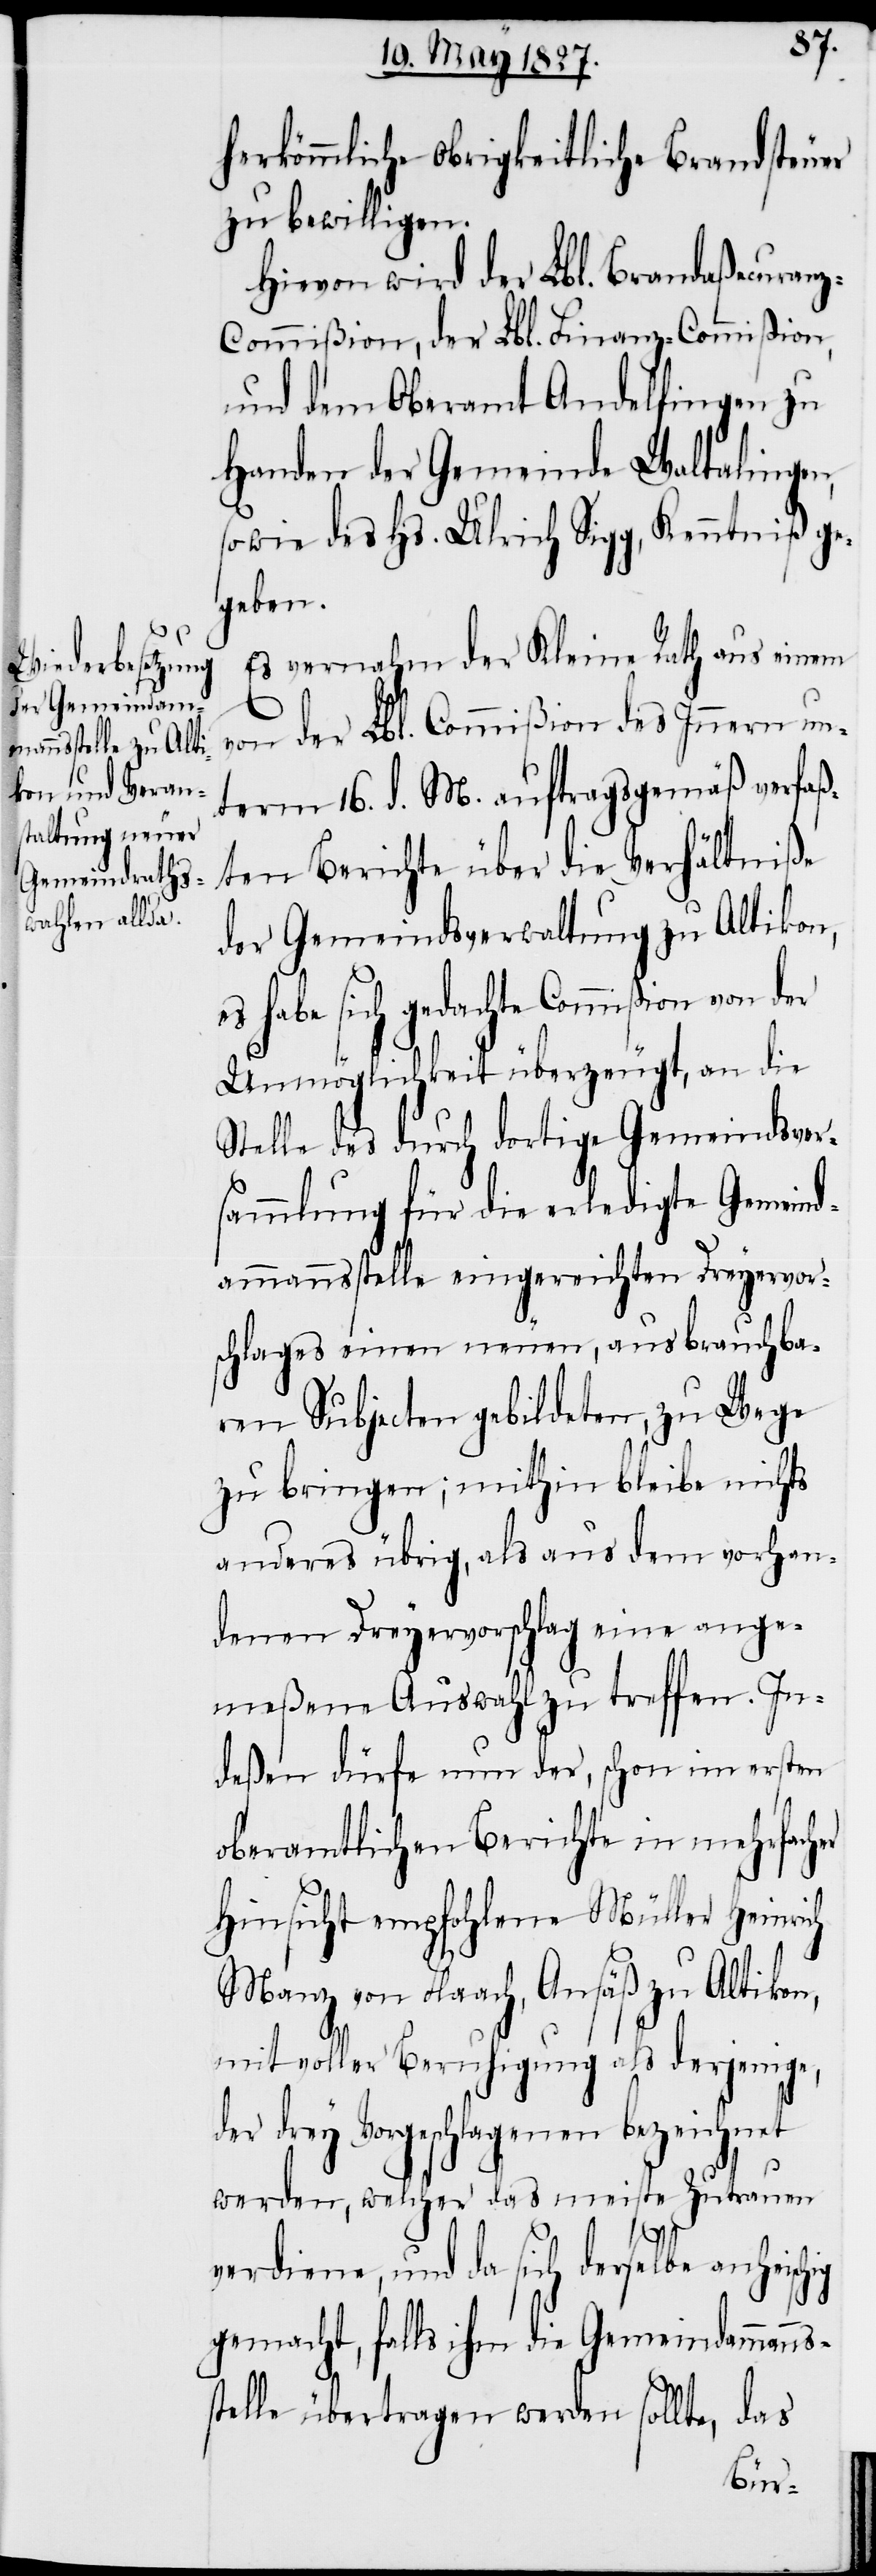
herkömmliche Obrigkeitliche Brandsteuer
zu bewilligen.
Hievon wird der Lbl. Brandaßecuran¬
z-Commißion, der Lbl. Finanz-Commißion,
und dem Oberamt Andelfingen zu
Handen der Gemeinde Waltalingen,
sowie des Hs. Ulrich Sigg, Kenntniß ge¬
geben.
Es vernahm der Kleine Rath aus einem
der Lbl. Commißion des Innern un¬
term 16. d. M. auftragsgemäß verfaß¬
ten Berichte über die Verhältniße
der Gemeindsverwaltung zu Altikon,
es habe sich gedachte Commißion von der
Unmöglichkeit überzeugt, an die
Stelle des durch dortige Gemeindsver¬
sammlung für die erledigte Gemeind¬
ammannsstelle eingereichten Dreyervor¬
schlages einen neuen, aus brauchba¬
ren Subjecten gebildeten, zu Wege
zu bringen; mithin bleibe nichts
anderes übrig, als aus dem vorhan¬
denen Dreyervorschlage eine ange¬
meßene Auswahl zu treffen. In¬
deßen dürfe nun der, schon im ersten
oberamtlichen Berichte in mehrfacher
Hinsicht empfohlene Müller Heinrich
Manz von Flaach, Ansäß zu Altikon,
mit voller Beruhigung als derjenige,
drey Vorgeschlagenen bezeichnet
werden, welcher das meiste Zutrauen
verdiene, und da sich derselbe anheis¬
gemacht, falls ihm die Gemeindammanns¬
stelle übertragen werden sollte, das
chig